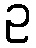
ဥ